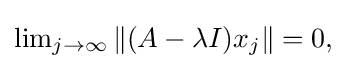
{\textstyle \lim _{j\to \infty }\left\|(A-\lambda I)x_{j}\right\|=0,}